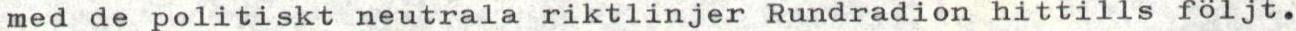
med de politiskt neutrala riktlinjer Rundradion hittills följt.